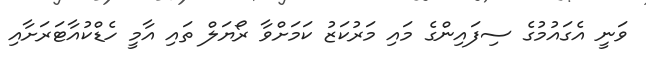
ވަނީ އެގައުމުގެ ސިފައިންގެ މައި މަރުކަޒު ކަމަށްވާ ރޯޔަލް ތައި އާމީ ހެޑްކުއާޓަރަށާއި